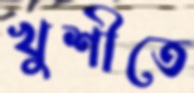
খুশীতে